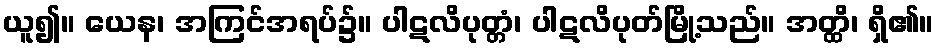
ယူ၍။ ယေန၊ အကြင်အရပ်၌။ ပါဋလိပုတ္တံ၊ ပါဋလိပုတ်မြို့သည်။ အတ္ထိ၊ ရှိ၏။